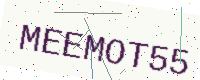
Text: MEEMOT55